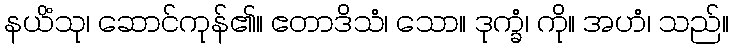
နယိံသု၊ ဆောင်ကုန်၏။ ဧတာဒိသံ၊ သော။ ဒုက္ခံ၊ ကို။ အဟံ၊ သည်။